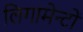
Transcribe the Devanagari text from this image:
लिगामेन्टों